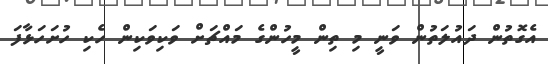
އެގޮތުން ދައުލަތުން ވަނީ މި ތިން މީހުންގެ މައްޗަށް ވަކިވަކިން ހެކި ހުށަހަޅާފަ